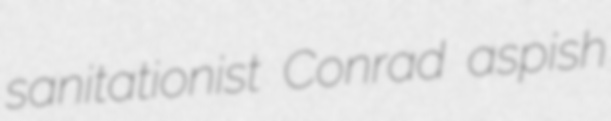
sanitationist Conrad aspish